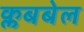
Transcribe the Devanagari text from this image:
क्लबबेल